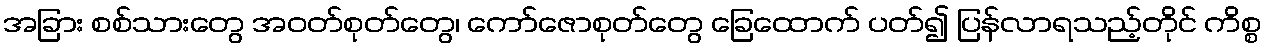
အခြား စစ်သားတွေ အဝတ်စုတ်တွေ၊ ကော်ဇောစုတ်တွေ ခြေထောက် ပတ်၍ ပြန်လာရသည့်တိုင် ကိစ္စ